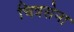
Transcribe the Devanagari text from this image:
चित्रसेना